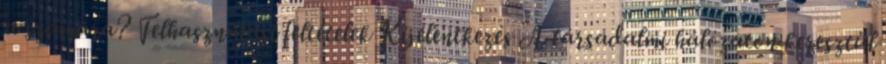
a számára? Felhasználási feltételek Kijelentkezés A társadalmi hálózaton keresztül